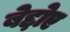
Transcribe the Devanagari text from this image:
बेद्दोए